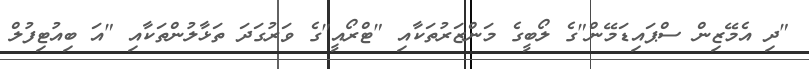
"ދި އެމޭޒިން ސްޕައިޑަމޭން"ގެ ލޯބީގެ މަންޒަރުތަކާއި "ޓްރޯއީ"ގެ ވަރުގަދަ ތަޅާލުންތަކާއި "އަ ބިއުޓިފުލް